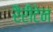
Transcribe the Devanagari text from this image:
रैरीटेन